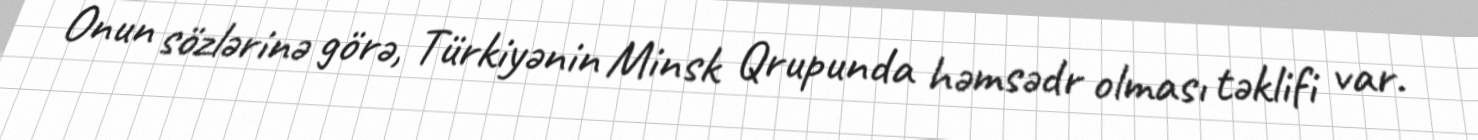
Onun sözlərinə görə, Türkiyənin Minsk Qrupunda həmsədr olması təklifi var.